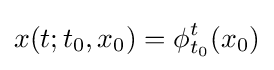
x(t;t_{0},x_{0})=\phi _{t_{0}}^{t}(x_{0})